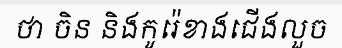
ថា ចិន និងកូរ៉េខាងជើងលួច